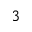
3